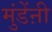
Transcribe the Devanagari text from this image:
मुंडेंऩी